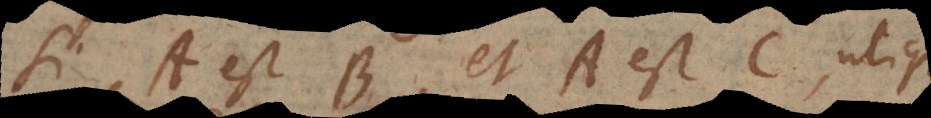
si A est B, et A est C, utique